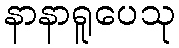
နာနာရူပေသု